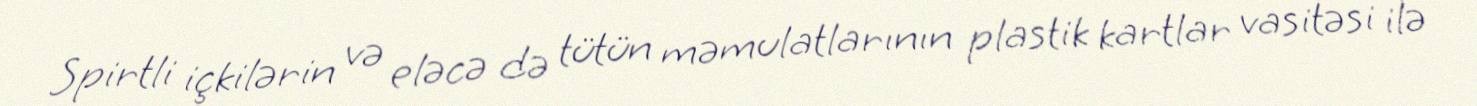
Spirtli içkilərin və eləcə də tütün məmulatlarının plastik kartlar vasitəsi ilə